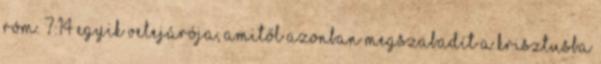
Róm. 7:14 egyik velejárója, amitől azonban megszabadít a Krisztusba